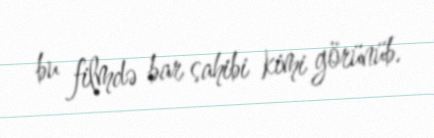
bu filmdə bar sahibi kimi görünüb.